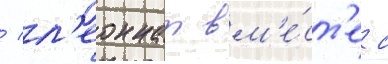
/ л'еоннат вм'е́ст'е с